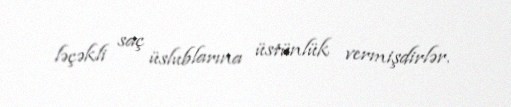
ləçəkli saç üslublarına üstünlük vermişdirlər.